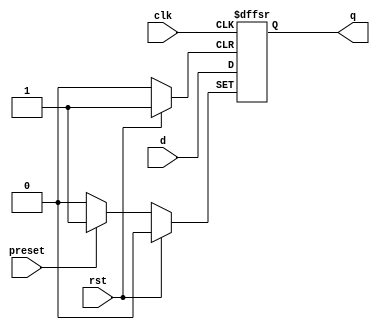
module Async_Preset_D_FF (
    input wire clk,       // clock input
    input wire rst,       // reset input
    input wire preset,    // asynchronous preset input
    input wire d,         // D input
    output reg q          // output Q
);

always @ (posedge clk or posedge rst or posedge preset)
begin
    if (rst)
        q <= 1'b0;
    else if (preset)
        q <= 1'b1;
    else
        q <= d;
end

endmodule